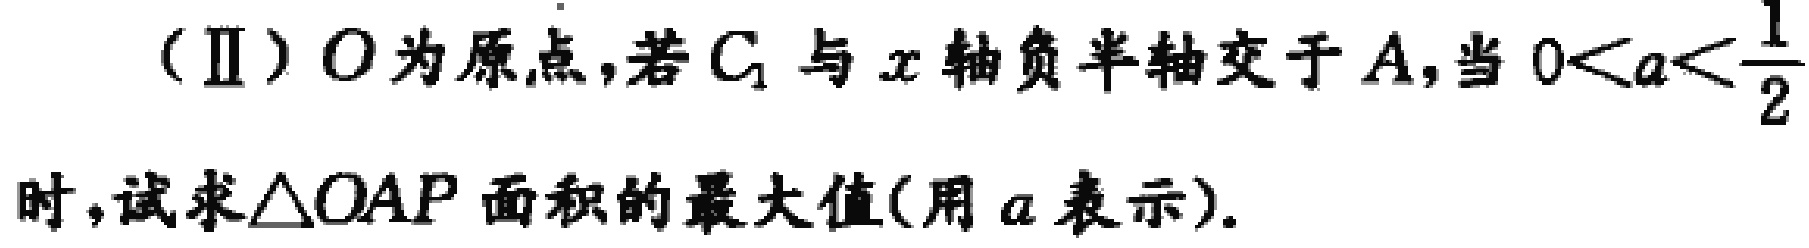
（Ⅱ）\(O\)为原点，若\(C_{1}\)与\(x\)轴负半轴交于\(A\)，当\(0 < a < \frac{1}{2}\)时，试求\(\triangle OAP\)面积的最大值(用\(a\)表示).